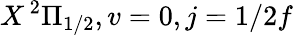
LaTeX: X\, ^{2}\Pi_{1/2},v=0,j=1/2f